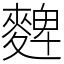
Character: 䴽